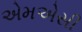
એમએસી